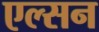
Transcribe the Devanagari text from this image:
एल्सन